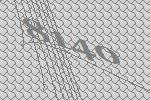
8140